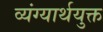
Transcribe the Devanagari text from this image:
व्यंग्यार्थयुक्त